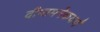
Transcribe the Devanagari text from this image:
दीप्तमनेकवर्णं